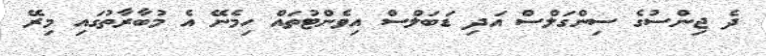
ދެ ޖިންސުގެ ސިންގަލްސް އަދި ޑަބަލްސް އިވެންޓުތައް ހިމެނޭ އެ މުބާރާތުގައި މިރޭ